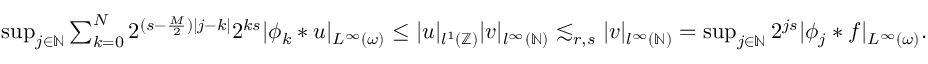
\begin{array} { r } { \operatorname* { s u p } _ { j \in \mathbb { N } } \sum _ { k = 0 } ^ { N } 2 ^ { ( s - \frac { M } { 2 } ) | j - k | } 2 ^ { k s } | \phi _ { k } \ast u | _ { L ^ { \infty } ( \omega ) } \leq | u | _ { l ^ { 1 } ( \mathbb { Z } ) } | v | _ { l ^ { \infty } ( \mathbb { N } ) } \lesssim _ { r , s } | v | _ { l ^ { \infty } ( \mathbb { N } ) } = \operatorname* { s u p } _ { j \in \mathbb { N } } 2 ^ { j s } | \phi _ { j } \ast f | _ { L ^ { \infty } ( \omega ) } . } \end{array}